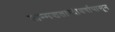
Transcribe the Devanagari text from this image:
जन्मशताब्दीवर्षापासून